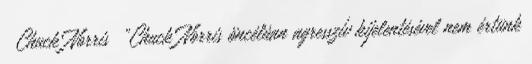
Chuck Norris „Chuck Norris öncélúan agresszív kijelentésével nem értünk